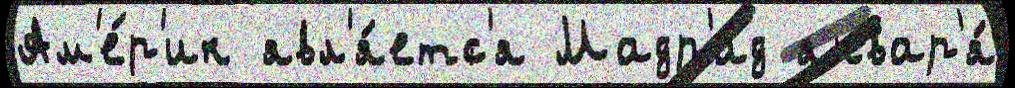
Ам'е́р'ик явл'я́етс'я Мадр'и́д январ'я́